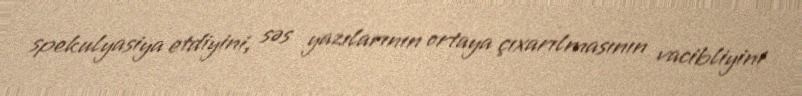
spekulyasiya etdiyini, səs yazılarının ortaya çıxarılmasının vacibliyini